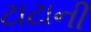
ટાટાની